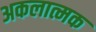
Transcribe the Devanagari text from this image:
अकलात्मक